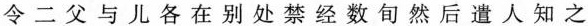
令二父与儿各在别处禁经数旬然后遣人知之